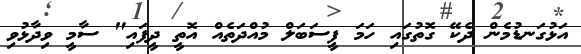
އަޅުގަނޑުމެން ދެކޭ ގޮތުގައި ހަމަ ފީސަބަލް މުއްދަތެއް އޮތީ ދީފައި" ސާމީ ވިދާޅުވި